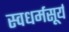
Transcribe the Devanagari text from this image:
स्वधर्मसूर्य